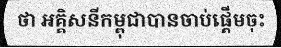
ថា អគ្គិសនីកម្ពុជាបានចាប់ផ្តើមចុះ